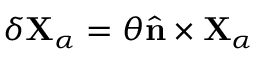
\delta { \mathbf { X } } _ { \alpha } = \theta { \hat { \mathbf { n } } } \times { \mathbf { X } } _ { \alpha }